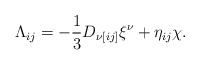
\begin{align*}\Lambda_{ij}=-{\frac{1}{3}}D_{\nu[ij]}\xi^{\nu}+\eta_{ij} \chi.\end{align*}